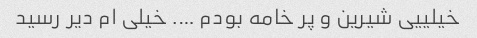
خیلییی شیرین و پر خامه بودم …. خیلی ام دیر رسید